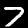
Digit: 7